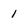
Character: 1